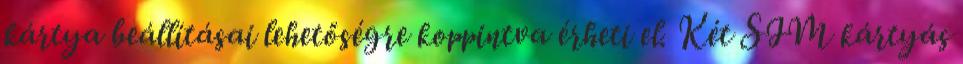
kártya beállításai lehetőségre koppintva érheti el. Két SIM kártyás